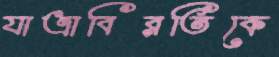
যাত্রাবিরতিকে